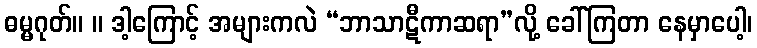
ဓမ္မဂုတ်။ ။ ဒါ့ကြောင့် အများကလဲ “ဘာသာဋီကာဆရာ”လို့ ခေါ်ကြတာ နေမှာပေါ့၊